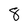
Character: 8